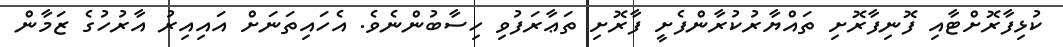
ކުޅިފާރޮށްޓާއި ފޮނިފާރޮށި ތައްޔާރުކުރާންފެށީ ފާރޮށި ތަޢާރަފުވި ހިސާބުންނެވެ. އެހައިތަނަށް އައިއިރު އާރުހުގެ ޒަމާން